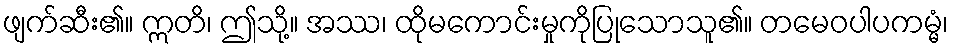
ဖျက်ဆီး၏။ ဣတိ၊ ဤသို့။ အဿ၊ ထိုမကောင်းမှုကိုပြုသောသူ၏။ တမေဝပါပကမ္မံ၊